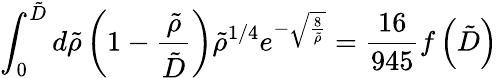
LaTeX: \int_{0}^{\tilde{D}}d\tilde{\rho}\left(1-\frac{\tilde{\rho}}{\tilde{D}}\right)\tilde{\rho}^{1/4}e^{-\sqrt{\frac{8}{\tilde{\rho}}}}=\frac{16}{945}f\left(\tilde{D}\right)